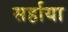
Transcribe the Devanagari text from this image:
सर्हाया